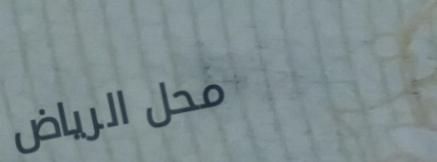
محل الرياض